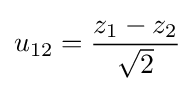
u_{12}={z_{1}-z_{2} \over {\sqrt {2}}}